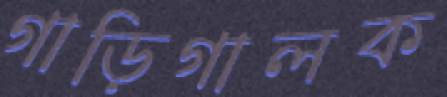
গাড়িগালক